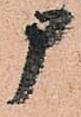
申